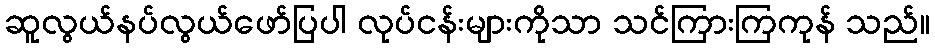
ဆူလွယ်နပ်လွယ်ဖော်ပြပါ လုပ်ငန်းများကိုသာ သင်ကြားကြကုန် သည်။